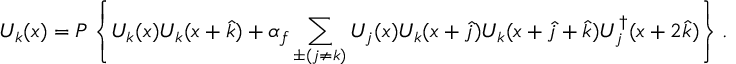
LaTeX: { \cal U } _ { k } ( x ) = { \cal P } \left\{ U _ { k } ( x ) U _ { k } ( x + \hat { k } ) + \alpha _ { f } \sum _ { \pm ( j \neq k ) } U _ { j } ( x ) U _ { k } ( x + \hat { j } ) U _ { k } ( x + \hat { j } + \hat { k } ) U _ { j } ^ { \dagger } ( x + 2 \hat { k } ) \right\} .